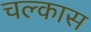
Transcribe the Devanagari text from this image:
चल्कास